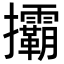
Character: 𢺞